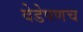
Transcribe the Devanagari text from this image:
वेडेपणच